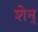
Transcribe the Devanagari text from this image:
शेन्